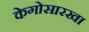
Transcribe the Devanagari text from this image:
केगोसारखा